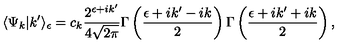
\langle \Psi _ { k } | k ^ { \prime } \rangle _ { \epsilon } = c _ { k } \frac { 2 ^ { \epsilon + i k ^ { \prime } } } { 4 \sqrt { 2 \pi } } \Gamma \left( \frac { \epsilon + i k ^ { \prime } - i k } { 2 } \right) \Gamma \left( \frac { \epsilon + i k ^ { \prime } + i k } { 2 } \right) ,